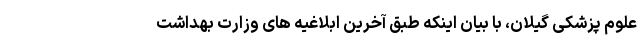
علوم پزشکی گیلان، با بیان اینکه طبق آخرین ابلاغیه های وزارت بهداشت